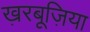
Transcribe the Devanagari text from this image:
ख़रबूज़िया